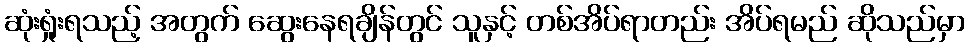
ဆုံးရှုံးရသည့် အတွက် ဆွေးနေရချိန်တွင် သူနှင့် တစ်အိပ်ရာတည်း အိပ်ရမည် ဆိုသည်မှာ